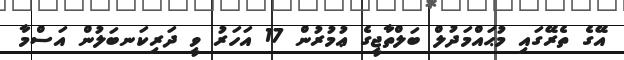
އޭގެ ތެރޭގައި މުޙައްމަދުލް ބަލްތާޖީގެ ޢުމުރުން 17 އަހަރު ވީ ދަރިކަނބަލުން އަސްމާ